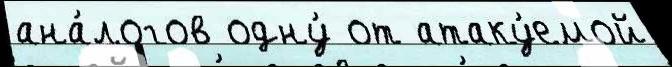
ана́логов одну́ от атаку́емой